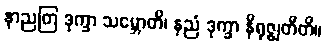
နာညတြ ဒုက္ခာ သမ္ဘောတိ၊ နညံ ဒုက္ခာ နိရုဇ္ဈတီတိ။